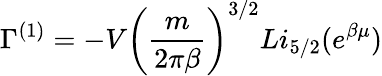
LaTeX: \Gamma^{(1)}=-V\left(\frac{m}{2\pi\beta}\right)^{3/2}Li_{5/2}(e^{\beta\mu})